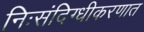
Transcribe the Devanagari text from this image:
निःसंदिग्धीकरणात